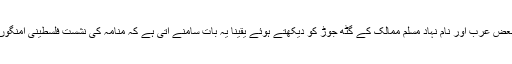
صہیونیوں کے حق میں امریکی سرپرستی میں بعض عرب اور نام نہاد مسلم ممالک کے گٹھ جوڑ کو دیکھتے ہوئے یقینا یہ بات سامنے آتی ہے کہ منامہ کی نشست فلسطینی امنگوں سے سودا کرنے کرنے کے سوا کچھ نہیں ہے۔